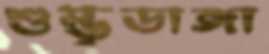
শুম্ভুডাঙ্গা